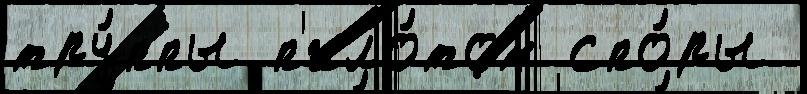
тру́ппы п'ило́том спо́ры